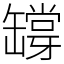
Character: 𦉘